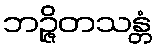
ဘဉ္ဇိတသန္တံ